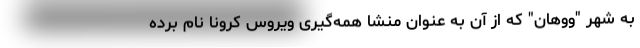
به شهر "ووهان" که از آن به عنوان منشا همه‌گیری ویروس کرونا نام برده